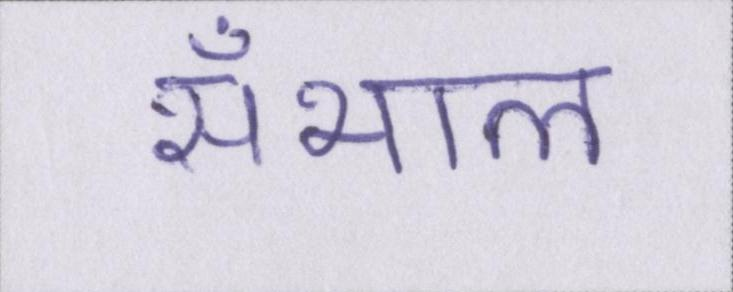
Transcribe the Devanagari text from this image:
सँभाल